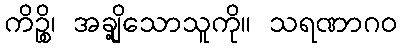
ကိဉ္စိ၊ အချို့သောသူကို။ သရဏာဂဝ